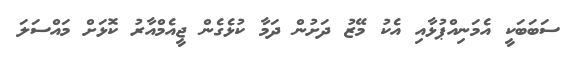
ސަބަބަކީ އެމަނިއްޕުޅާއި އެކު މޭޒު ދަށުން ދަމާ ކުޅެގެން ޖީއެމްއާރު ކޮޅަށް މައްސަލަ